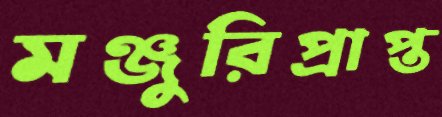
মঞ্জুরিপ্রাপ্ত